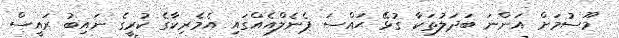
މޫސުމަށް އަންނަ ބަދަލުތަކާ ގުޅޭ ޙައްސަ ޕެނެލްއެއްގައި އެމެރިކާގެ ކުރީގެ ނައިބު ރައީސް